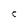
Character: c